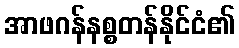
အာဖဂန်နစ္စတန်နိုင်ငံ၏